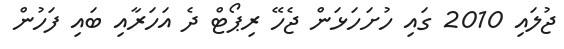
ޖުލައި 2010 ގައި ހުށަހަޅަން ޖެހޭ ރިޕޯޓް ދެ އަހަރާއި ބައި ފަހުން